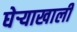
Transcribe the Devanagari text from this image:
घेर्‍याखाली